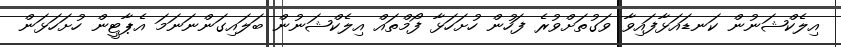
އިލެކްޝަނުން ކަނޑައަޅާފައިވާ ވަގުތަށްވުރެ ފަހުން ހުށަހަޅާ ފޯމްތައް އިލެކްޝަނުން ބަލައިގަންނަނަމަ އެޕާޓީން ހުށަހަޅަން